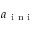
a _ { \mathrm { ~ i ~ n ~ i ~ } }